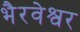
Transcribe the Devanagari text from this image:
भैरवेश्वर